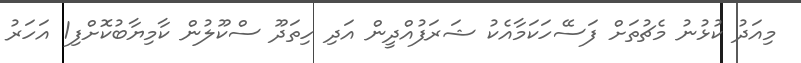
މިއަދު ކުޅުނު މެޗުތަށް ފަސޭހަކަމާއެކު ޝަރަފުއްދީން އަދި ހިތަދޫ ސްކޫލުން ކާމިޔާބުކޮށްފި1 އަހަރު